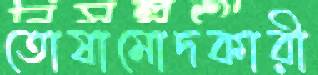
তোষামোদকারী